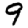
Digit: 9